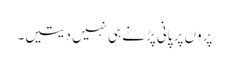
پروں پر پانی پڑنے ہی نہیں دیتیں۔